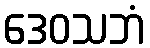
ဒေဝသဘံ